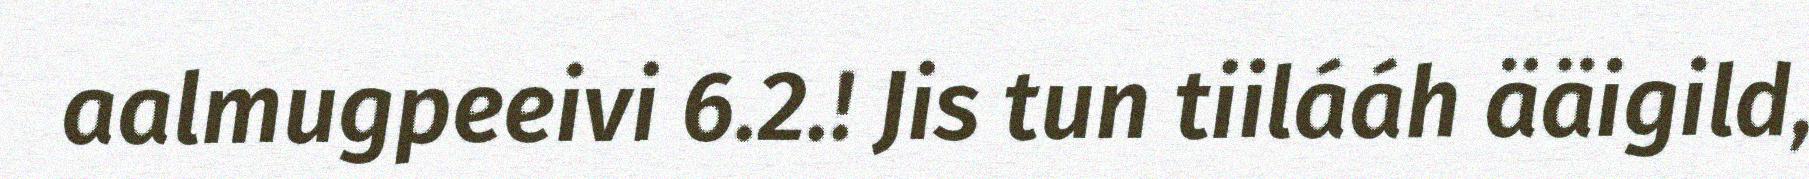
aalmugpeeivi 6.2.! Jis tun tiilááh ääigild,